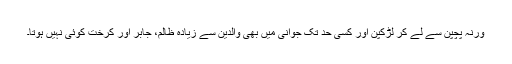
ورنہ پچپن سے لے کر لڑکپن اور کسی حد تک جوانی میں بھی والدین سے زیادہ ظالم، جابر اور کرخت کوئی نہیں ہوتا۔